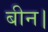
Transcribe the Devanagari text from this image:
बीन।